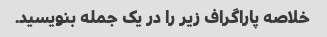
خلاصه پاراگراف زیر را در یک جمله بنویسید.